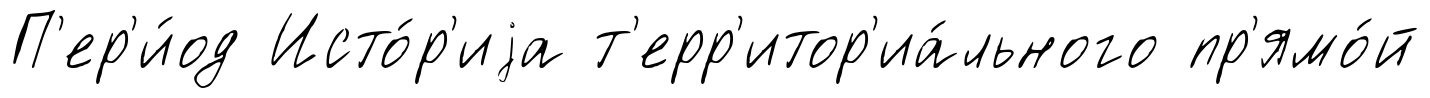
П'ер'и́од Исто́р'иjа т'ерр'итор'иа́льного пр'ямо́й